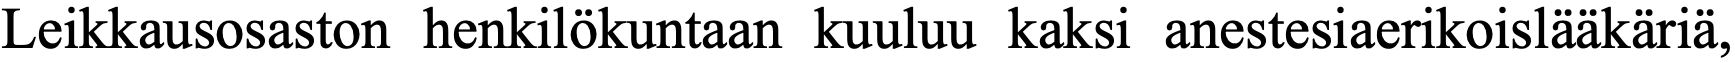
Leikkausosaston henkilökuntaan kuuluu kaksi anestesiaerikoislääkäriä,